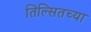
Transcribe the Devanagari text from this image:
तिल्सितच्या